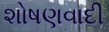
શોષણવાદી